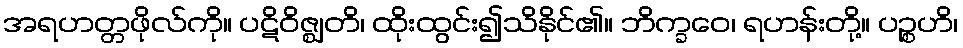
အရဟတ္တဖိုလ်ကို။ ပဋိဝိဇ္ဈတိ၊ ထိုးထွင်း၍သိနိုင်၏။ ဘိက္ခဝေ၊ ရဟန်းတို့။ ပဉ္စဟိ၊